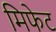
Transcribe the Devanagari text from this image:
मिफेट